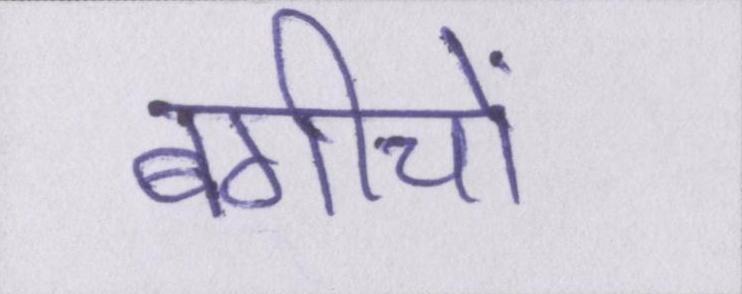
बगीचों